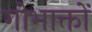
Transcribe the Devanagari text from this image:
गोभाक्तों